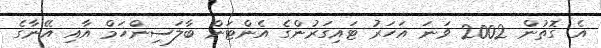
އެ ގޮތުން 2002 ވަނަ އަހަރު ޓައިގަރުންގެ އެންޓަން ބާލަސިންހަމް އާއި އޭނާގެ